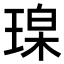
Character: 𪻼